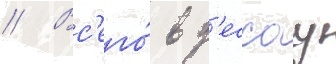
// Вс'его́ в д'ессау